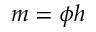
m = \phi h